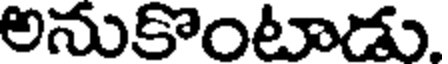
అనుకొంటాడు.